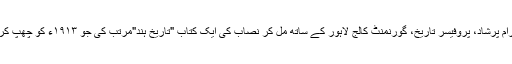
لالہ رام پرشاد، پروفیسر تاریخ، گورنمنٹ کالج لاہور کے ساتھ مل کر نصاب کی ایک کتاب "تاریخ ہند"مرتب کی جو ١٩١٣ء کو چھپ کر آئی۔